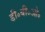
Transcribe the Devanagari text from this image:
डी॰बी॰ओ॰